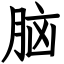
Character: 脑